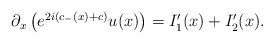
\begin{align*}\begin{aligned}\partial_x \left( e^{2i(c_-(x)+c)} u(x) \right)&=I_1'(x)+I_2'(x).\end{aligned}\end{align*}